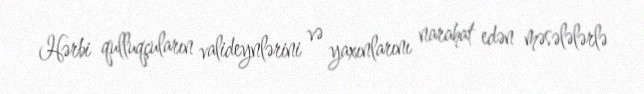
Hərbi qulluqçuların valideynlərini və yaxınlarını narahat edən məsələlərlə